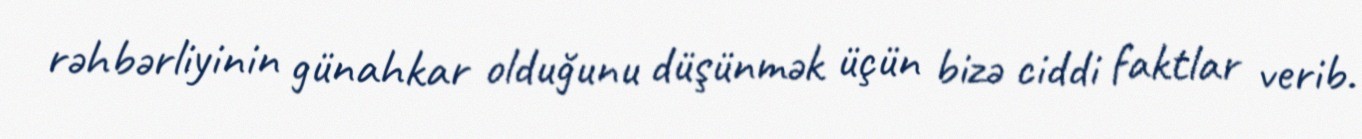
rəhbərliyinin günahkar olduğunu düşünmək üçün bizə ciddi faktlar verib.